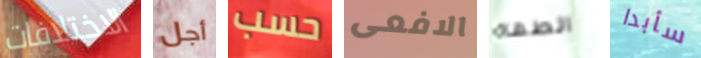
الاختلافات أجل حسب الافعى الطهاة سأبدا